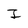
Character: I